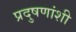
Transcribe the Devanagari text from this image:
प्रदुषणांशी